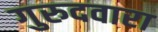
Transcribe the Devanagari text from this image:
गुरुदवारा